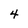
Character: 4